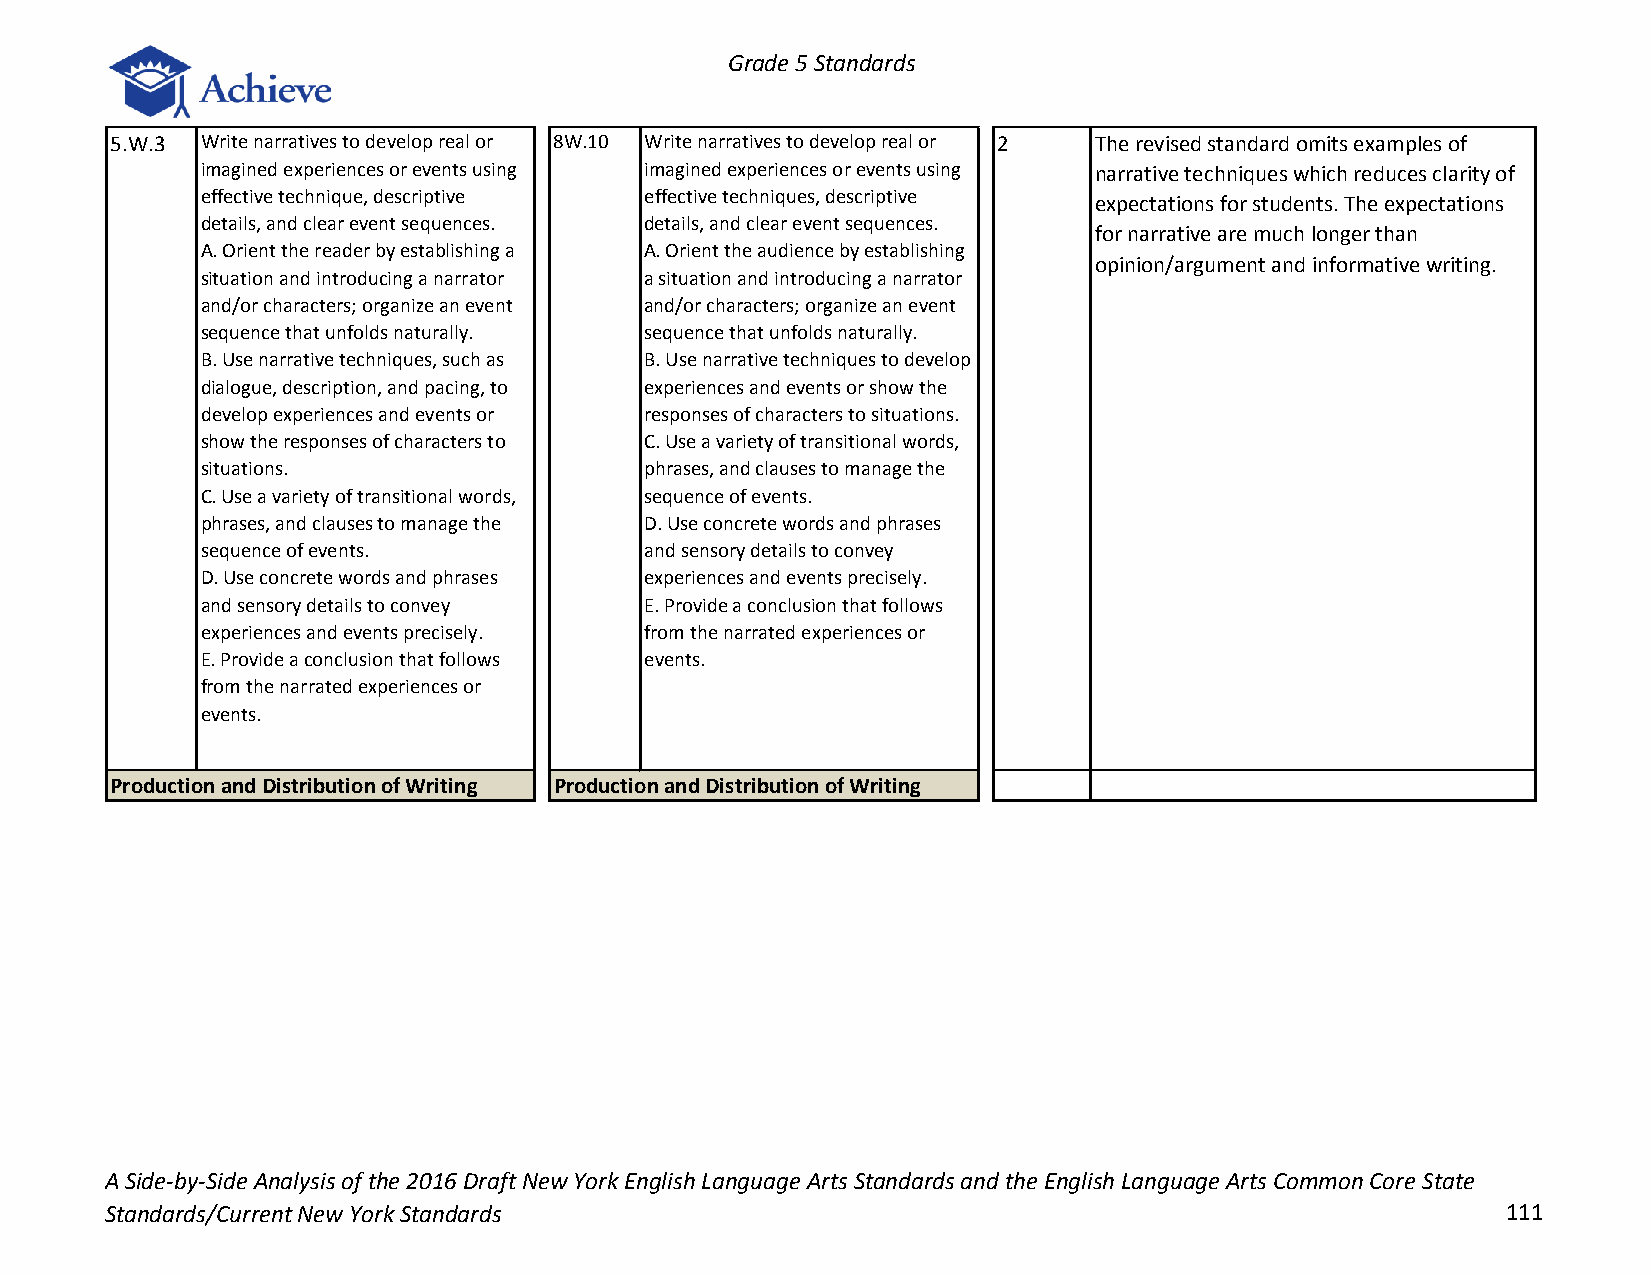
Grade 5 Standards
 5.W.3 Write narratives to develop real or 8W.10 Write narratives to develop real or 2 The revised standard omits examples of
 imagined experiences or events using imagined experiences or events using narrative techniques which reduces clarity of
 effective technique, descriptive effective techniques, descriptive
 expectations for students. The expectations
 details, and clear event sequences. details, and clear event sequences.
 for narrative are much longer than
 A. Orient the reader by establishing a A. Orient the audience by establishing
 opinion/argument and informative writing.
 situation and introducing a narrator a situation and introducing a narrator
 and/or characters; organize an event and/or characters; organize an event
 sequence that unfolds naturally. sequence that unfolds naturally.
 B. Use narrative techniques, such as B. Use narrative techniques to develop
 dialogue, description, and pacing, to experiences and events or show the
 develop experiences and events or responses of characters to situations.
 show the responses of characters to C. Use a variety of transitional words,
 situations.                   phrases, and clauses to manage the
 C. Use a variety of transitional words, sequence of events.
 phrases, and clauses to manage the D. Use concrete words and phrases
 sequence of events.           and sensory details to convey
 D. Use concrete words and phrases experiences and events precisely.
 and sensory details to convey E. Provide a conclusion that follows
 experiences and events precisely. from the narrated experiences or
 E. Provide a conclusion that follows events.
 from the narrated experiences or
 events.
 Production and Distribution of Writing Production and Distribution of Writing
 A Side-by-Side Analysis of the 2016 Draft New York English Language Arts Standards and the English Language Arts Common Core State
 Standards/Current New York Standards                                                         111